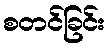
စတင်ခြင်း